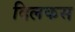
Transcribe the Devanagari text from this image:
दिलकस